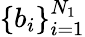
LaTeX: \left\{ b_{i}\right\} _{i=1}^{N_{1}}